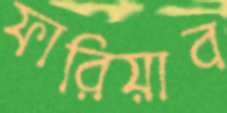
ফারিয়াব